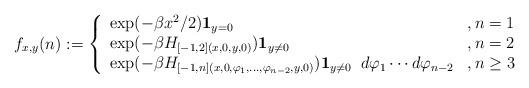
LaTeX: \begin{align*}f_{x,y}(n):= \left\{\begin{array}{ll}\exp(-\beta x^2/2) \mathbf{1}_{y=0} &, n=1\\\exp(-\beta H_{[-1,2](x,0,y,0)}) \mathbf{1}_{y\neq 0} &, n=2\\\exp(-\beta H_{[-1,n](x,0,\varphi_1,\dots, \varphi_{n-2},y,0)}) \mathbf{1}_{y\neq 0} \;\; d\varphi_1 \cdots d\varphi_{n-2} &, n\geq 3\end{array}\right.\end{align*}